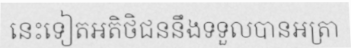
នេះទៀតអតិថិជននឹងទទួលបានអត្រា